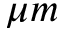
\mu m